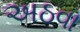
અઠવા